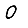
Digit: 0